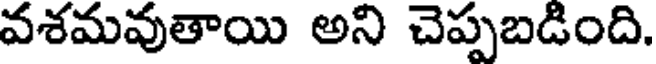
వశమవుతాయి అని చెప్పబడింది.